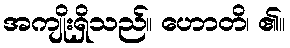
အကျိုးရှိသည်။ ဟောတိ၊ ၏။